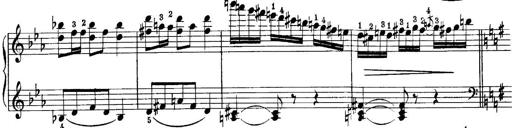
Title: Quatres sonatines
Composer: Tadeusz Joteyko